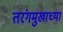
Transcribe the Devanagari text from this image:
तरंगमुखाच्या